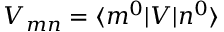
V _ { m n } = \langle m ^ { 0 } \lvert V \lvert n ^ { 0 } \rangle